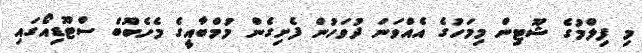
މި ފިލްމުގެ ޝޫޓިން މިމަހުގެ އެއްވަނަ ދުވަހުން ފެށިގެން މުމްބާއީގެ މެހެބޫބް ސްޓޫޑިއޯގައި